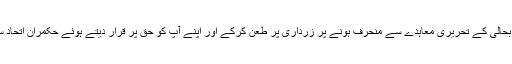
نواز شریف نے ججوں کی بحالی کے تحریری معاہدے سے منحرف ہونے پر زرداری پر طعن کرکے اور اپنے آپ کو حق پر قرار دیتے ہوئے حکمران اتحاد سے علیحدگی اختیار کر لی۔